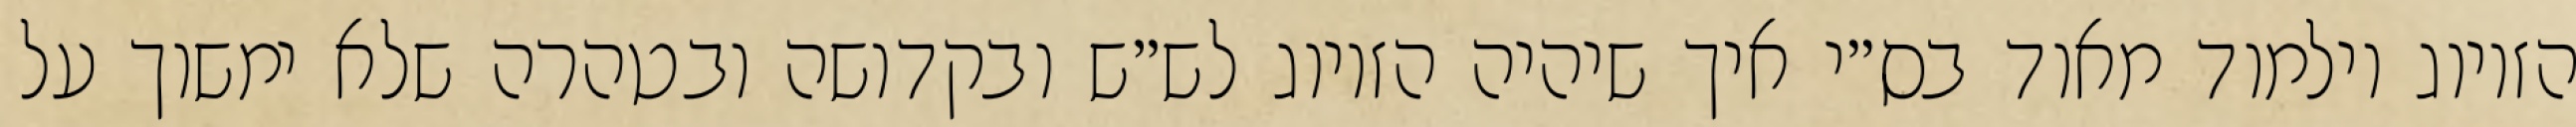
הזיווג וילמוד מאוד בס״י איך שיהיה הזיווג לש״ש ובקדושה ובטהרה שלא ימשוך על